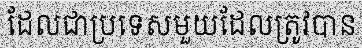
ដែលជាប្រទេសមួយដែលត្រូវបាន